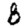
Digit: 8